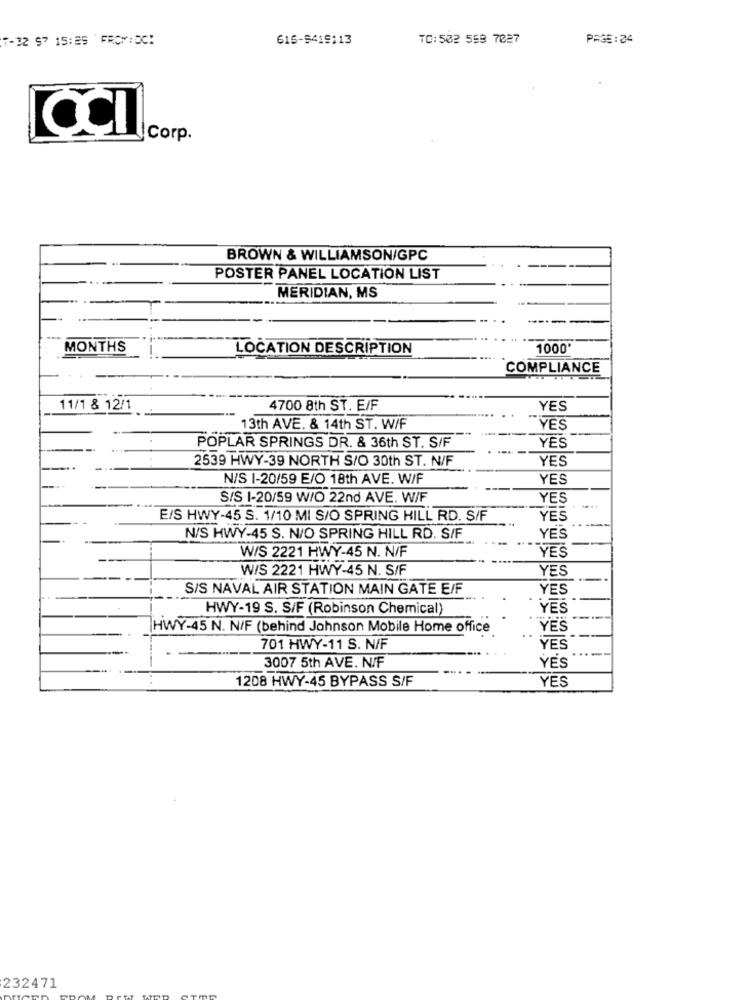
7-32 97 15:29 FROM:EC!
615-5419113
TC:502 558 7027
PAGE: 24
Corp.
BROWN & WILLIAMSON/GPC
POSTER PANEL LOCATION LIST
MERIDIAN, MS
MONTHS
LOCATION DESCRIPTION
1000
COMPLIANCE
11/1 & 12/1
4700 8th ST. E/F
YES
13th AVE. & 14th ST. W/F
YES
POPLAR SPRINGS DR. & 36th ST. S/F
YES
2539 HWY-39 NORTH S/O 30th ST. N/F
YES
N/S 1-20/59 E/O 18th AVE. W/F
YES
S/S 1-20/59 W/O 22nd AVE. W/F
YES
E/S HWY-45 S. 1/10 MI S/O SPRING HILL RD. S/F
YES
N/S HWY-45 S. N/O SPRING HILL RD. S/F
YES
W/S 2221 HWY-45 N. N/F
YES
WIS 2221 HWY-45 N. S/F
YES
S/S NAVAL AIR STATION MAIN GATE E/F
YES
HWY-19 S. S/F (Robinson Chemical)
YES
HWY-45 N. N/F (behind Johnson Mobile Home office
YES
701 HWY-11 S. N/F
YES
3007 5th AVE. N/F
YES
. .
1208 HWY-45 BYPASS S/F
YES
232471